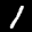
Label: 1